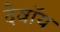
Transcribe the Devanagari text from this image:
देवॉय